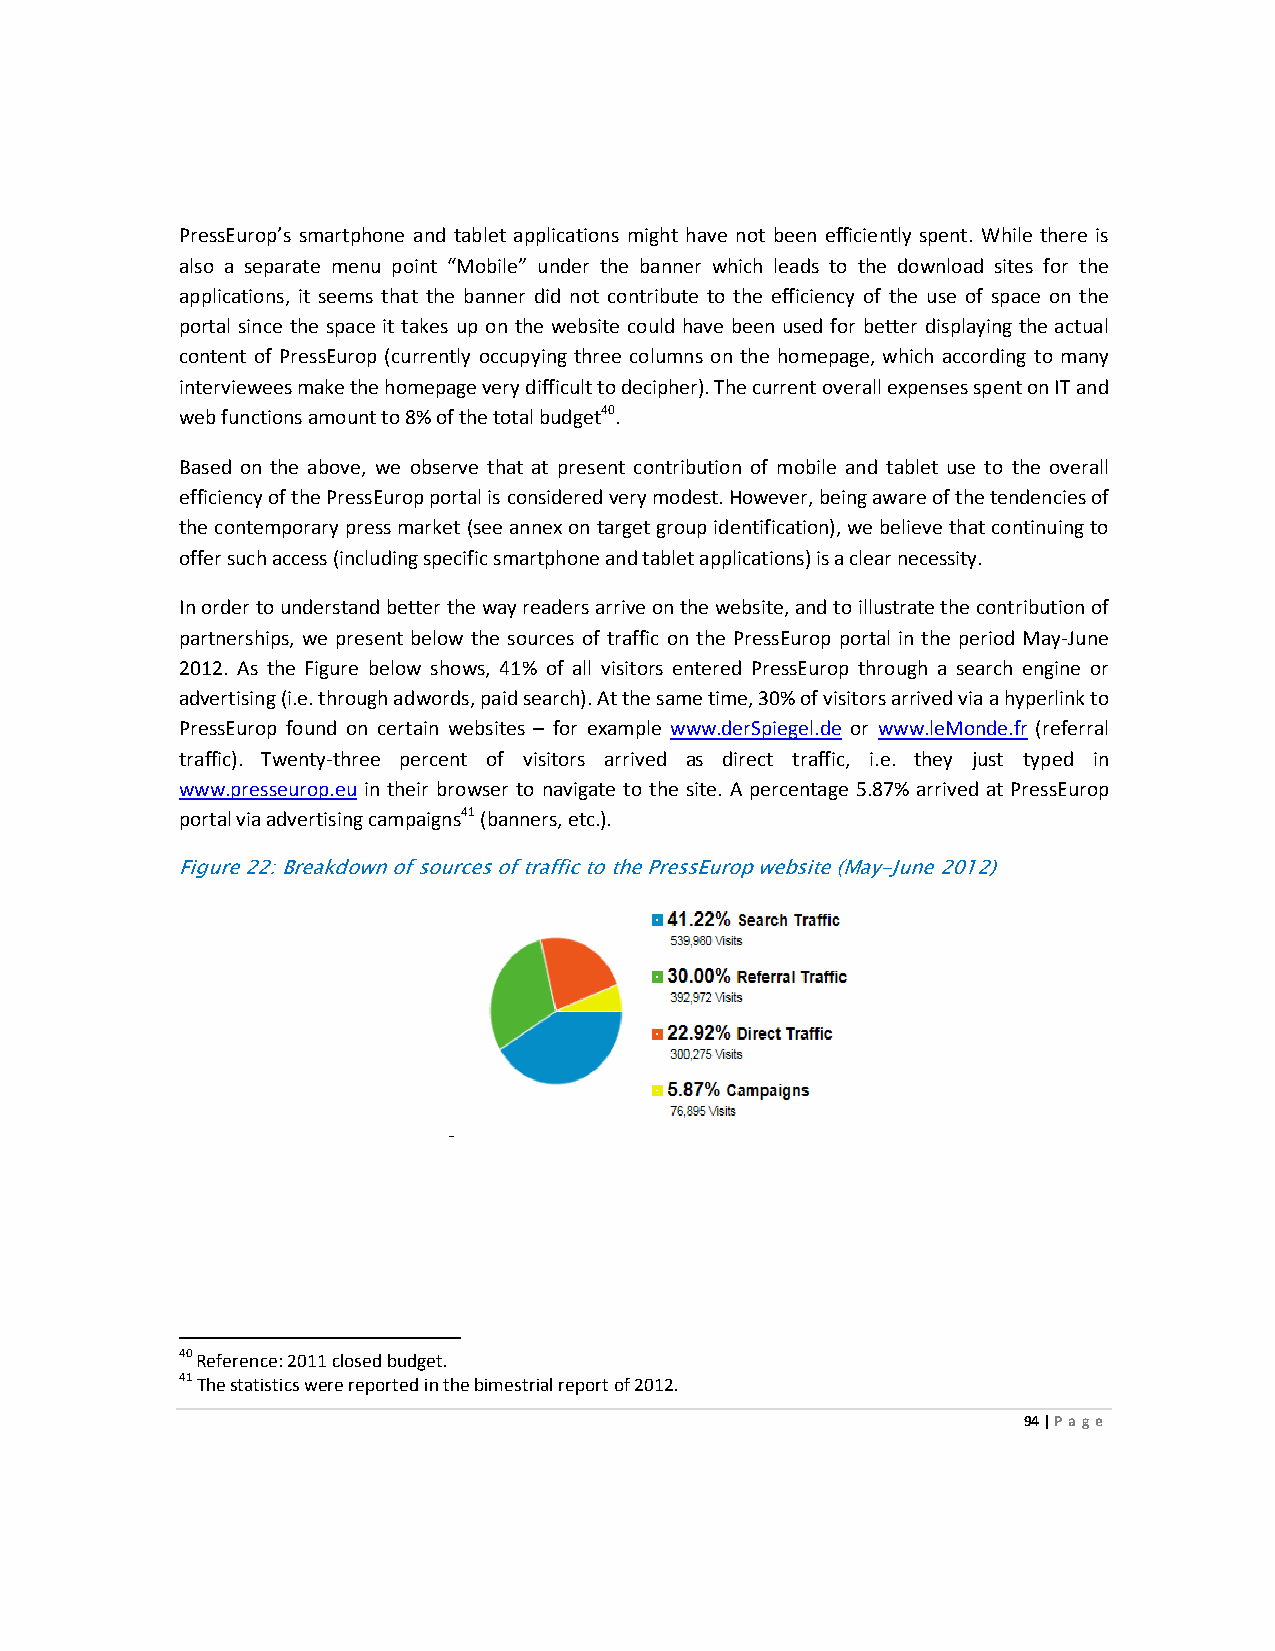
PressEurop’s smartphone and tablet applications might have not been efficiently spent. While there is
 also a separate menu point “Mobile” under the banner which leads to the download sites for the
 applications, it seems that the banner did not contribute to the efficiency of the use of space on the
 portal since the space it takes up on the website could have been used for better displaying the actual
 content of PressEurop (currently occupying three columns on the homepage, which according to many
 interviewees make the homepage very difficult to decipher). The current overall expenses spent on IT and
 web functions amount to 8% of the total budget40.
 Based on the above, we observe that at present contribution of mobile and tablet use to the overall
 efficiency of the PressEurop portal is considered very modest. However, being aware of the tendencies of
 the contemporary press market (see annex on target group identification), we believe that continuing to
 offer such access (including specific smartphone and tablet applications) is a clear necessity.
 In order to understand better the way readers arrive on the website, and to illustrate the contribution of
 partnerships, we present below the sources of traffic on the PressEurop portal in the period May-June
 2012. As the Figure below shows, 41% of all visitors entered PressEurop through a search engine or
 advertising (i.e. through adwords, paid search). At the same time, 30% of visitors arrived via a hyperlink to
 PressEurop found on certain websites – for example www.derSpiegel.de or www.leMonde.fr (referral
 traffic). Twenty-three percent of visitors arrived as direct traffic, i.e. they just typed in
 www.presseurop.eu in their browser to navigate to the site. A percentage 5.87% arrived at PressEurop
 portal via advertising campaigns41 (banners, etc.).
 Figure 22: Breakdown of sources of traffic to the PressEurop website (May-June 2012)
 -
 40 Reference: 2011 closed budget.
 41 The statistics were reported in the bimestrial report of 2012.
 94 | Page